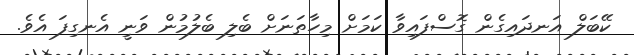
ކޭބަލް އަނދައިގެން ގޮސްފައިވާ ކަމަށް މިހާތަނަށް ބެލި ބެލުމުން ވަނީ އެނގިފަ އެވެ.